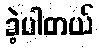
ခဲ့ပါတယ်